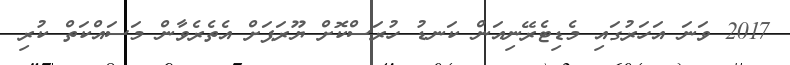
2017 ވަނަ އަހަރުގައި މެޑިޓެރޭނިއަން ކަނޑު ހުރަސްކޮށް ޔޫރަޕަށް އެތެރެވާން މަސައްކަތް ކުރި